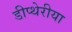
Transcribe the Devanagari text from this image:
डीप्थेरीया